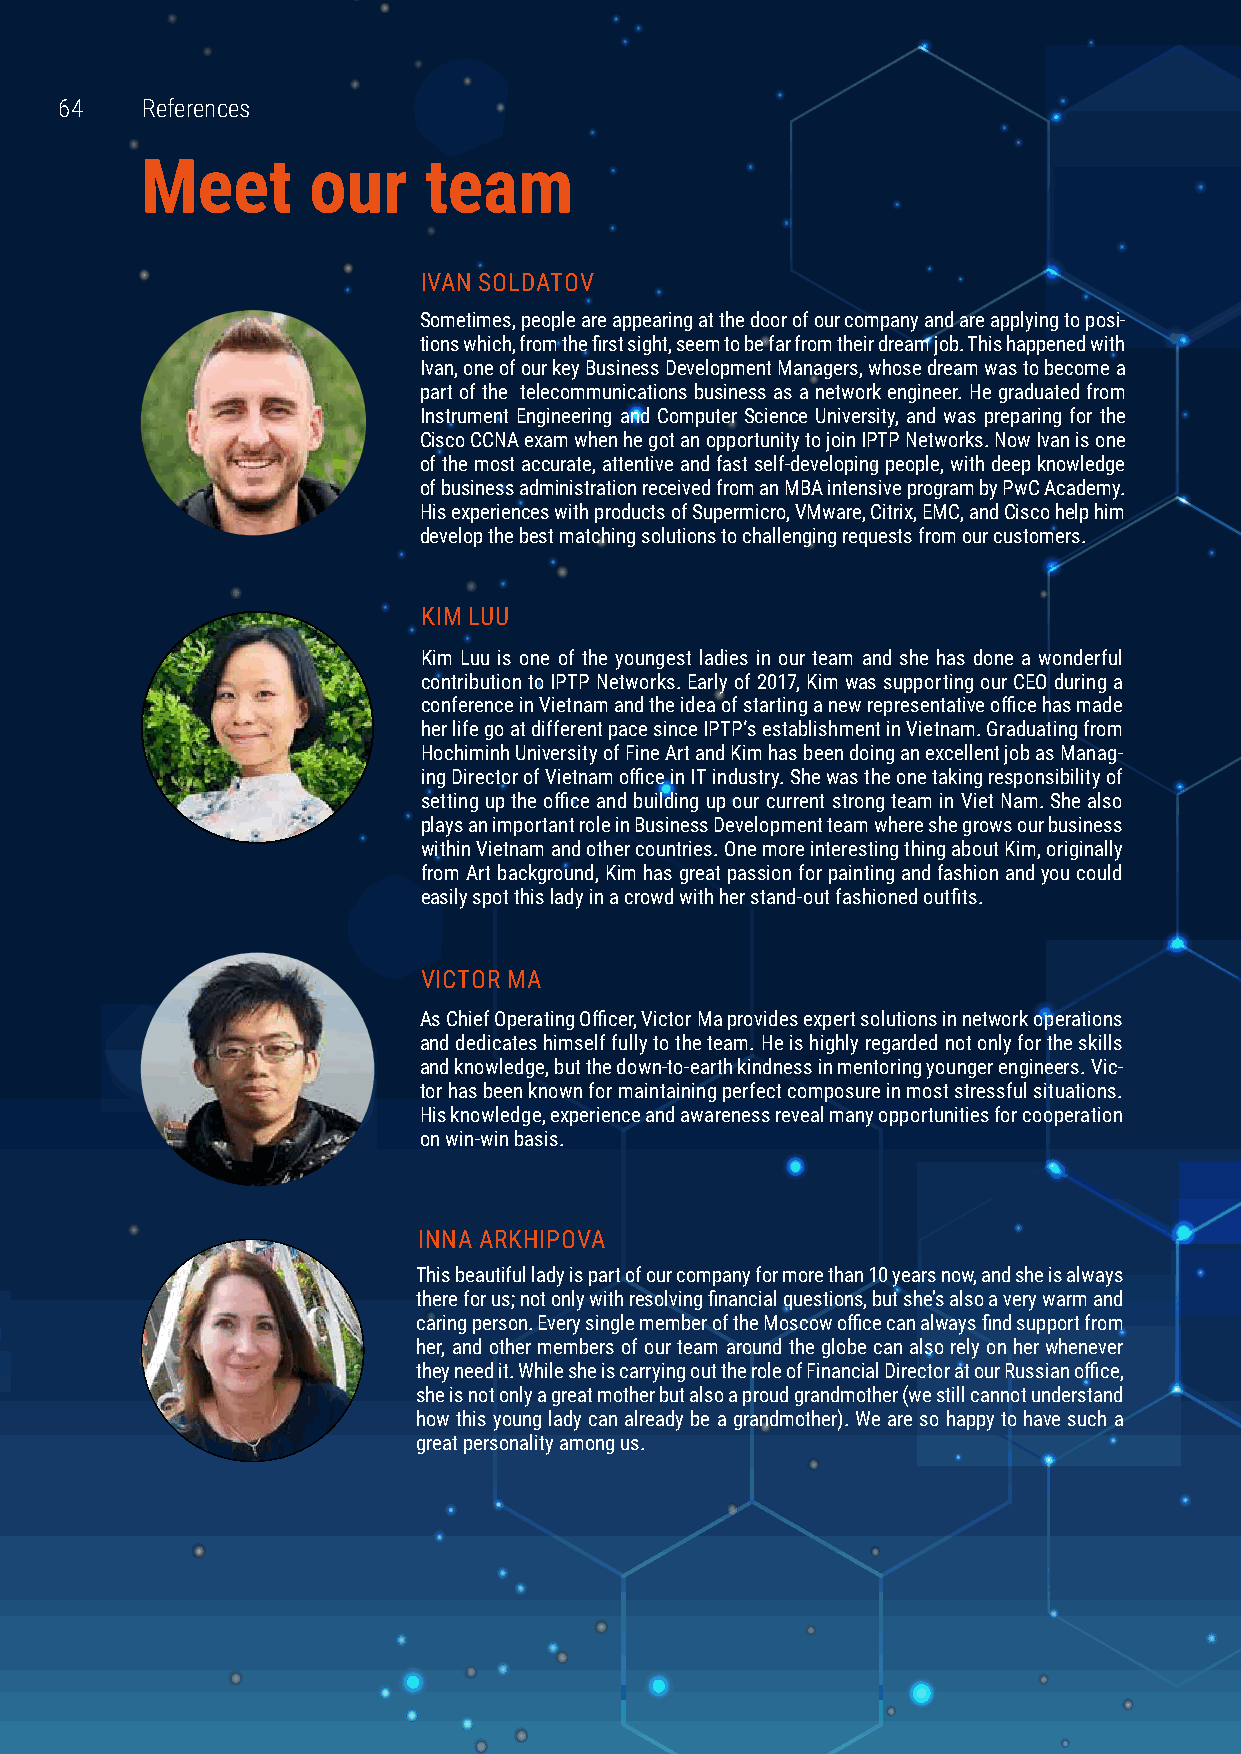
6644 References
 Meet       our     team
 IVAN SOLDATOV
 Sometimes, people are appearing at the door of our company and are applying to posi-
 tions which, from the first sight, seem to be far from their dream job. This happened with
 Ivan, one of our key Business Development Managers, whose dream was to become a
 part of the telecommunications business as a network engineer. He graduated from
 Instrument Engineering and Computer Science University, and was preparing for the
 Cisco CCNA exam when he got an opportunity to join IPTP Networks. Now Ivan is one
 of the most accurate, attentive and fast self-developing people, with deep knowledge
 of business administration received from an MBA intensive program by PwC Academy.
 His experiences with products of Supermicro, VMware, Citrix, EMC, and Cisco help him
 develop the best matching solutions to challenging requests from our customers.
 KIM LUU
 Kim Luu is one of the youngest ladies in our team and she has done a wonderful
 contribution to IPTP Networks. Early of 2017, Kim was supporting our CEO during a
 conference in Vietnam and the idea of starting a new representative office has made
 her life go at different pace since IPTP‘s establishment in Vietnam. Graduating from
 Hochiminh University of Fine Art and Kim has been doing an excellent job as Manag-
 ing Director of Vietnam office in IT industry. She was the one taking responsibility of
 setting up the office and building up our current strong team in Viet Nam. She also
 plays an important role in Business Development team where she grows our business
 within Vietnam and other countries. One more interesting thing about Kim, originally
 from Art background, Kim has great passion for painting and fashion and you could
 easily spot this lady in a crowd with her stand-out fashioned outfits.
 VICTOR MA
 As Chief Operating Officer, Victor Ma provides expert solutions in network operations
 and dedicates himself fully to the team. He is highly regarded not only for the skills
 and knowledge, but the down-to-earth kindness in mentoring younger engineers. Vic-
 tor has been known for maintaining perfect composure in most stressful situations.
 His knowledge, experience and awareness reveal many opportunities for cooperation
 on win-win basis.
 INNA ARKHIPOVA
 This beautiful lady is part of our company for more than 10 years now, and she is always
 there for us; not only with resolving financial questions, but she’s also a very warm and
 caring person. Every single member of the Moscow office can always find support from
 her, and other members of our team around the globe can also rely on her whenever
 they need it. While she is carrying out the role of Financial Director at our Russian office,
 she is not only a great mother but also a proud grandmother (we still cannot understand
 how this young lady can already be a grandmother). We are so happy to have such a
 great personality among us.
 www.iptp.com